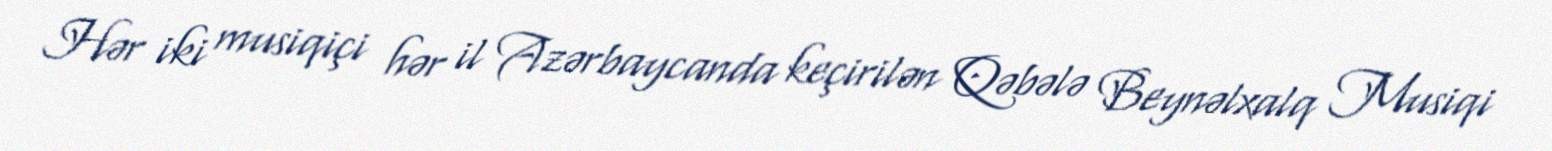
Hər iki musiqiçi hər il Azərbaycanda keçirilən Qəbələ Beynəlxalq Musiqi